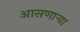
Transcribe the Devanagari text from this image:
आसणाऱ्या